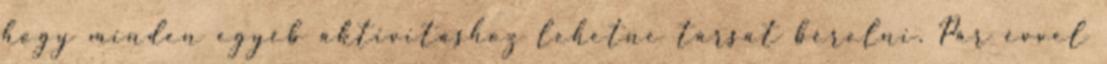
hogy minden egyéb aktivitáshoz lehetne társat bérelni. Pár évvel